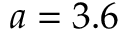
a = 3 . 6